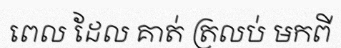
ពេល ដែល គាត់ ត្រលប់ មកពី